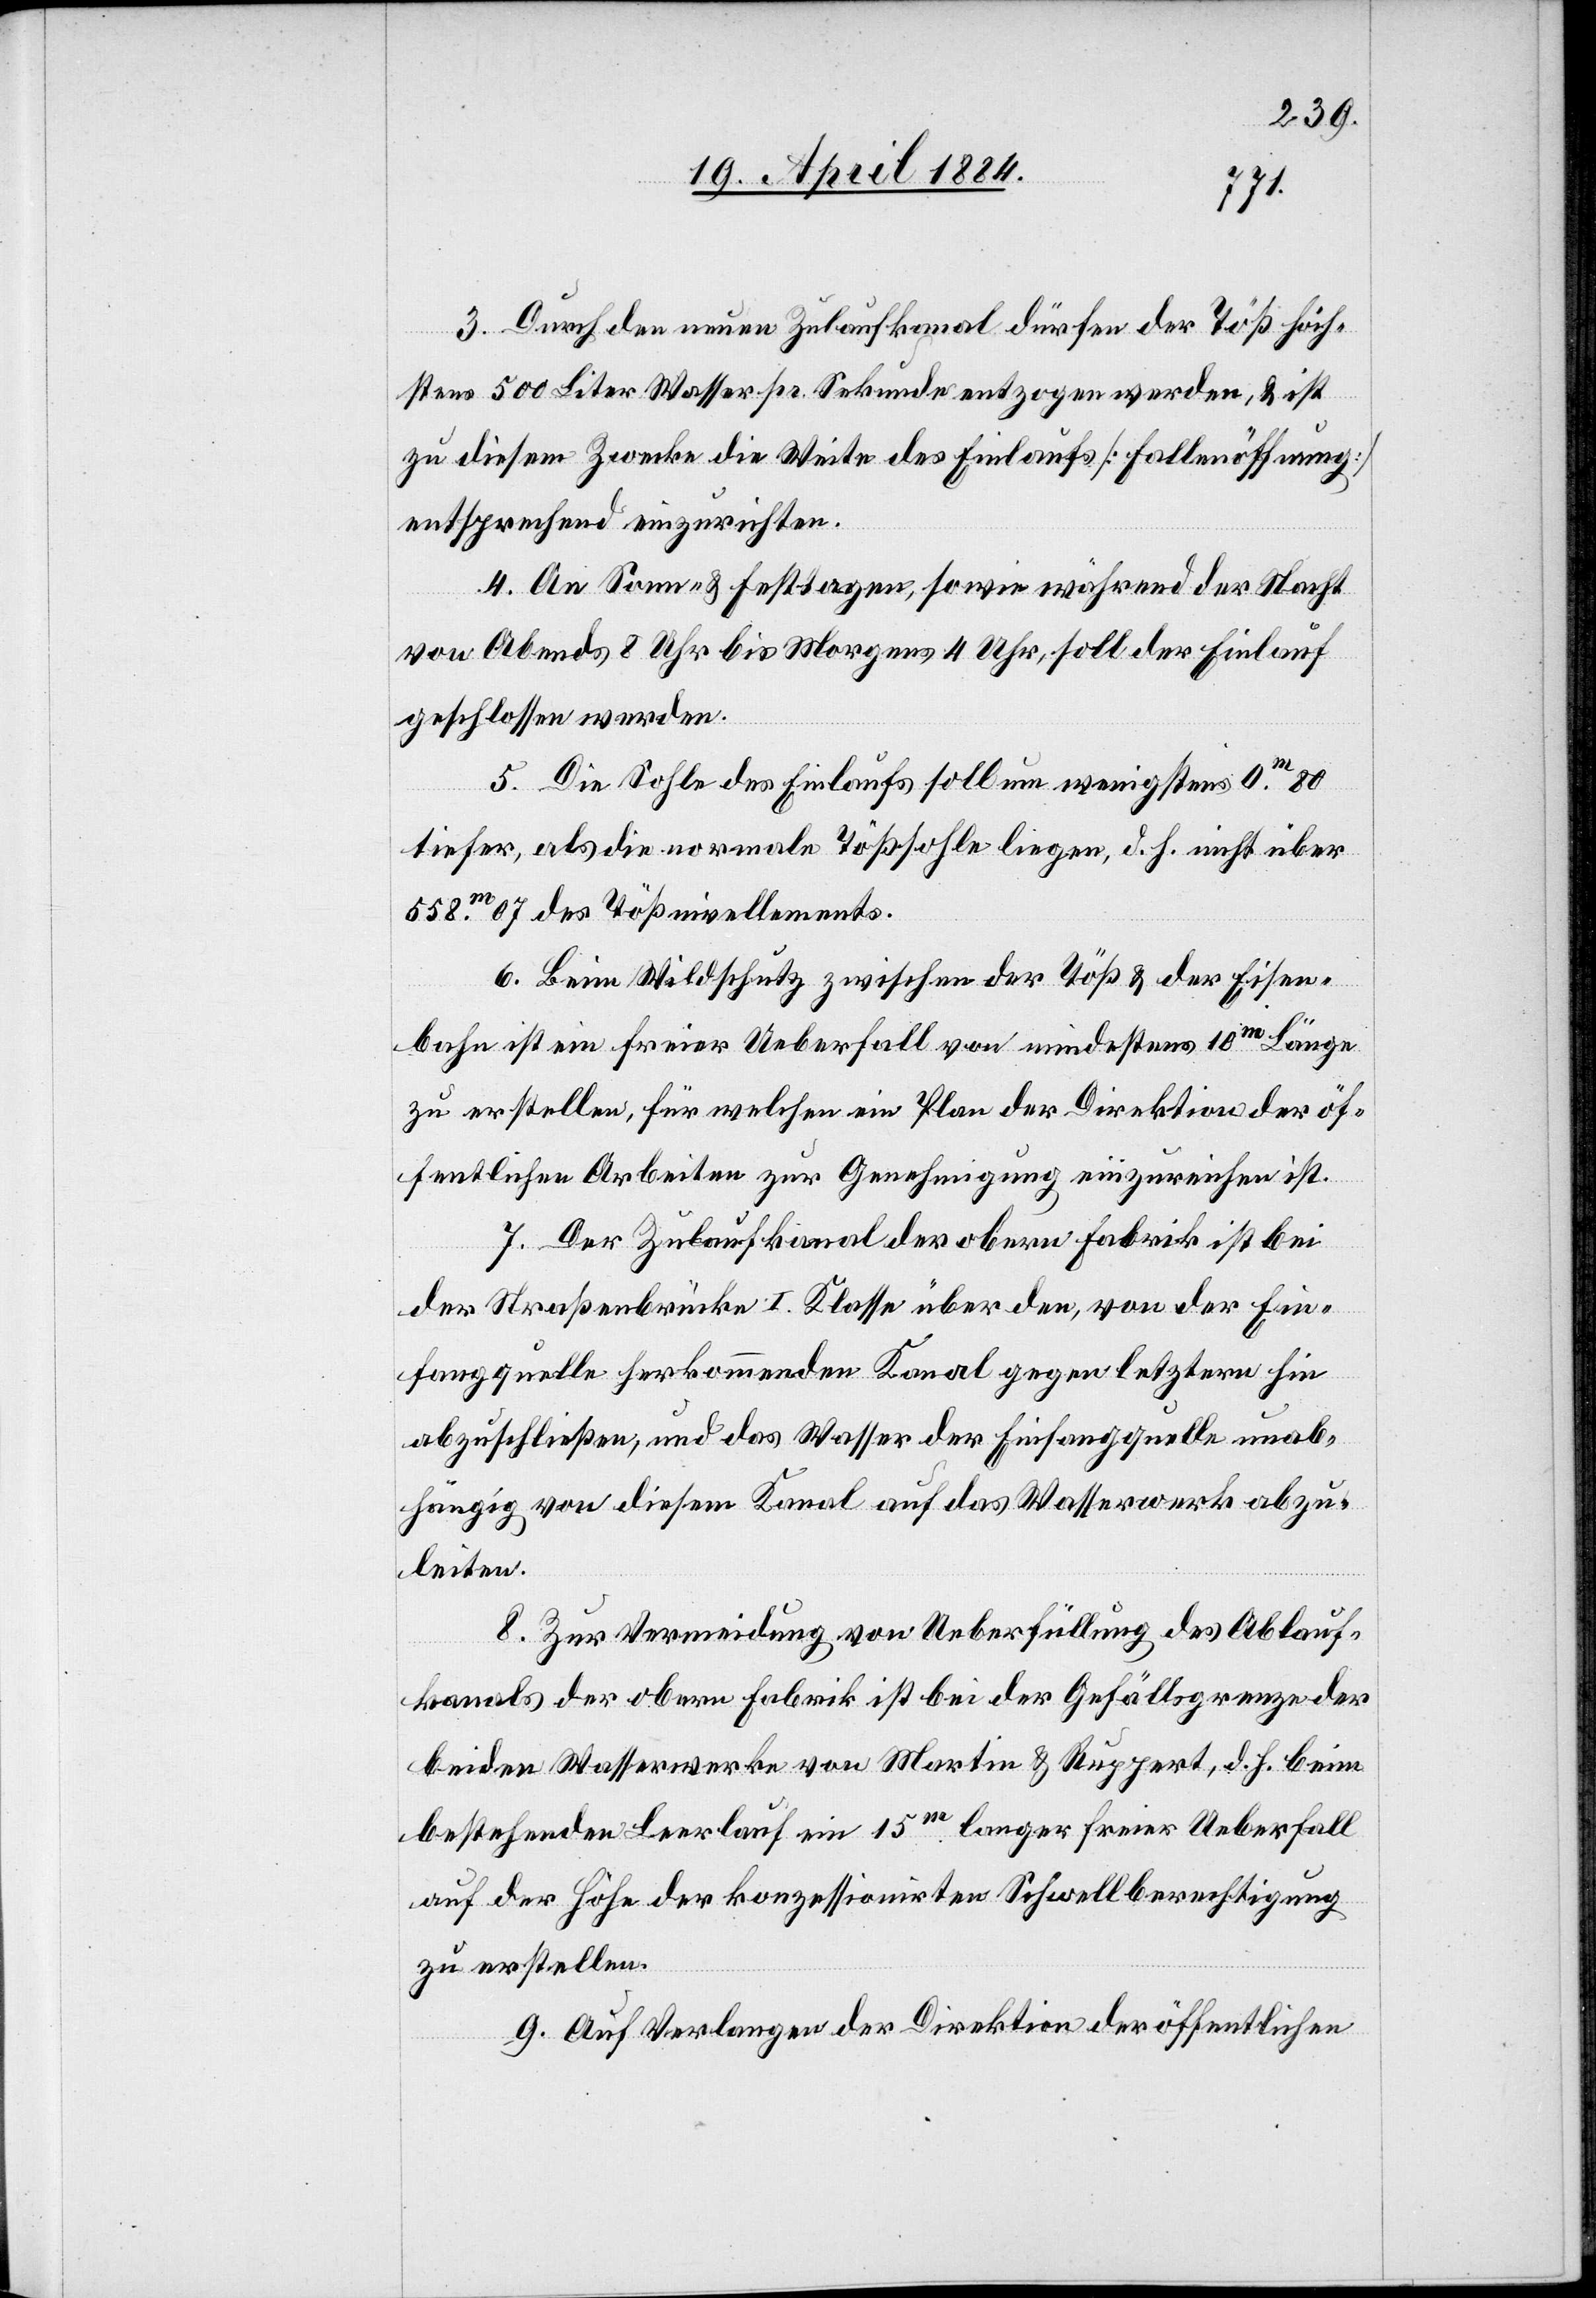
3. Durch den neuen Zulaufkanal dürfen der Töß höch¬
stens 500 Liter Wasser pr. Sekunde entzogen werden, & ist
zu diesem Zwecke die Weite des Einlaufs [Fallenöffnung]
entsprechend einzurichten.
4. An Sonn- & Festtagen, sowie während der Nacht
von Abends 8 Uhr bis Morgens 4 Uhr soll der Einlauf
geschlossen werden.
5. Die Sohle des Einlaufs soll um wenigstens 0.m80
tiefer, als die normale Tößsohle liegen, d. h. nicht über
658.m07 des Tößnivellements.
6. Beim Wildschutz zwischen der Töß & der Eisen¬
bahn ist ein freier Ueberfall von mindestens 10m Länge
zu erstellen, für welchen ein Plan der Direktion der öf¬
fentlichen Arbeiten zur Genehmigung einzureichen ist.
7. Der Zulaufkanal der obern Fabrik ist bei
der Straßenbrücke I. Klasse über den, von der Ein¬
fangquelle herkommenden Kanal gegen letztern hin
abzuschließen, und das Wasser der Einfangquelle unab¬
hängig von diesem Kanal auf das Wasserwerk abzu¬
leiten.
8. Zur Vermeidung von Ueberfüllung des Ablauf¬
kanals der obern Fabrik ist bei der Gefällsgrenze der
beiden Wasserwerke von Martin & Ruppert, d. h. beim
bestehenden Leerlauf ein 15m langer freier Ueberfall
auf der Höhe der konzessionirten Schwellberechtigung
zu erstellen.
9. Auf Verlangen der Direktion der öffentlichen